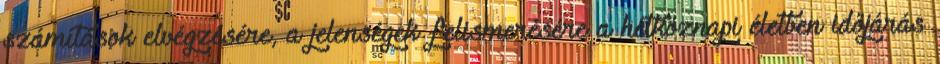
számítások elvégzésére, a jelenségek felismerésére a hétköznapi életben időjárás